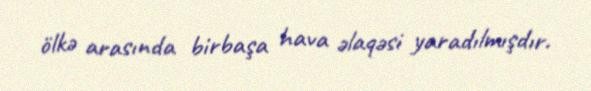
ölkə arasında birbaşa hava əlaqəsi yaradılmışdır.